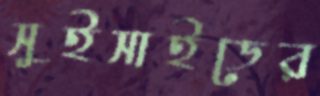
সুইসাইডের